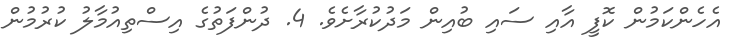
އެހެންކަމުން ކޮފީ އާއި ސައި ބުއިން މަދުކުރާށެވެ. 4. ދުންފަތުގެ އިސްތިއުމާލު ކުރުމުން